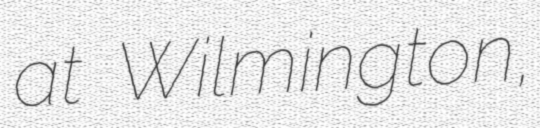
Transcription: at Wilmington,